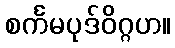
စင်္ကမပုဒ်ဝိဂ္ဂဟ။